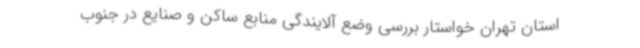
استان تهران خواستار بررسی وضع آلایندگی منابع ساکن و صنایع در جنوب